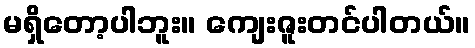
မရှိတော့ပါဘူး။ ကျေးဇူးတင်ပါတယ်။